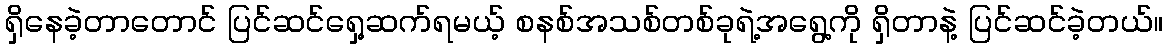
ရှိနေခဲ့တာတောင် ပြင်ဆင်ရှေ့ဆက်ရမယ့် စနစ်အသစ်တစ်ခုရဲ့အရွေ့ကို ရှိတာနဲ့ ပြင်ဆင်ခဲ့တယ်။